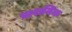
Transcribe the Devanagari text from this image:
प्राशनिक